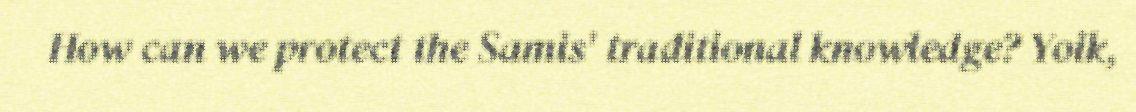
How can we protect the Samis' traditional knowledge? Yoik,